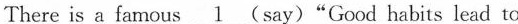
There is a famous \underline{1} (say)"Good habits lead to